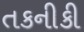
તકનીકી